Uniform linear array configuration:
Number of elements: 16
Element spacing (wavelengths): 1
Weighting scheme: hann
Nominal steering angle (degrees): -60
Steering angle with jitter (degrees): -59.25
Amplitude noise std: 0.05
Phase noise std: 0.05

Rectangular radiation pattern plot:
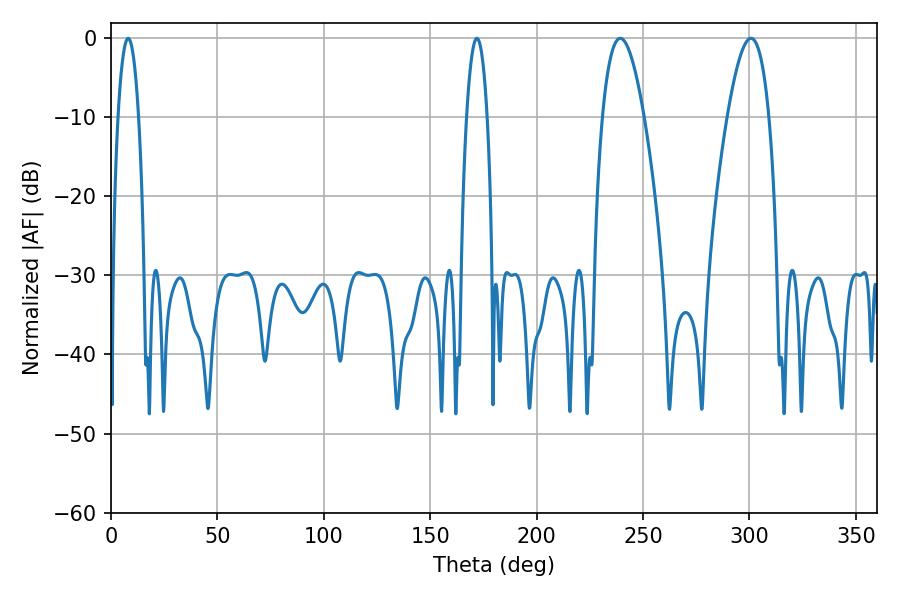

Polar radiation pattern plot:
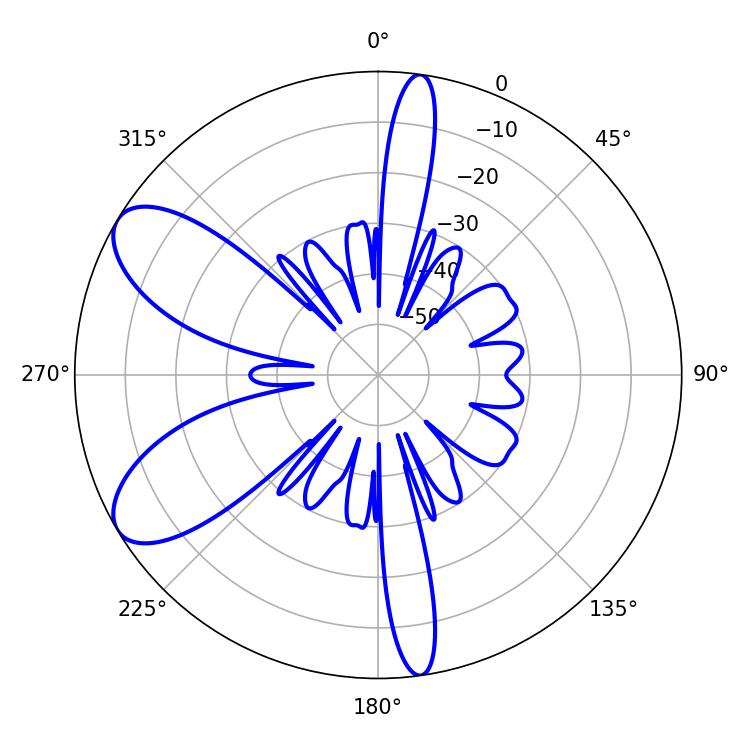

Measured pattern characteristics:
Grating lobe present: TRUE
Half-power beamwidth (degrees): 10.8
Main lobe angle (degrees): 239.22